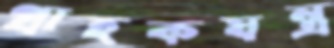
গ্রাহকযন্ত্র